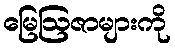
မြေဩဇာများကို